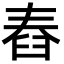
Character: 舂